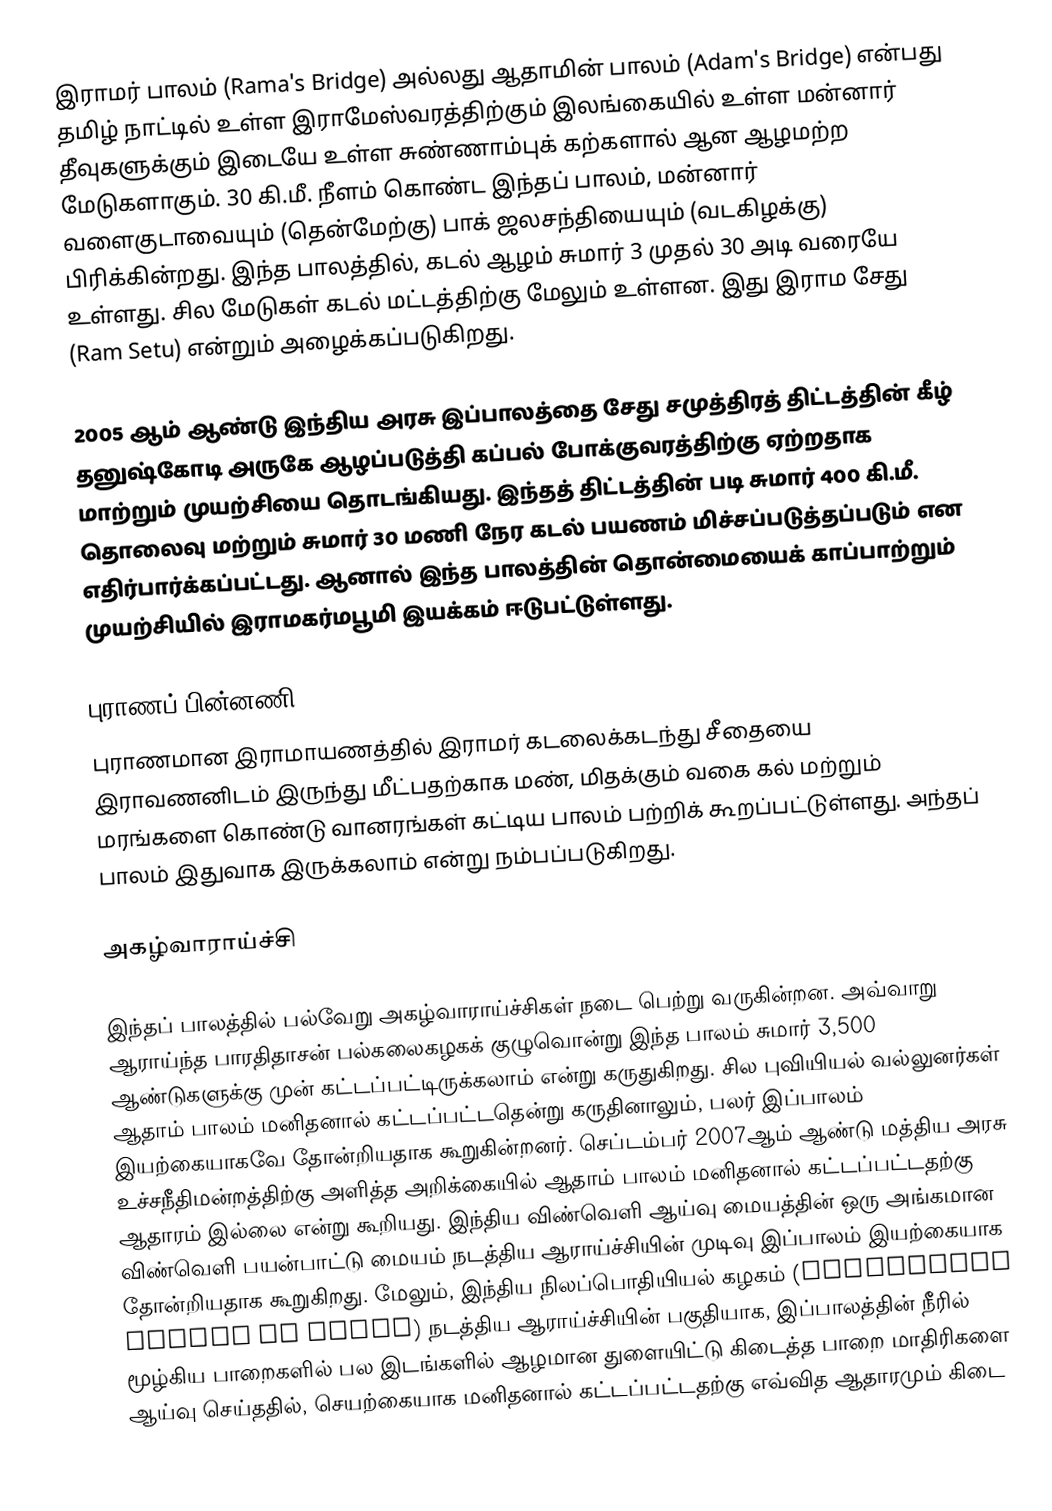
இராமர் பாலம் (Rama's Bridge) அல்லது ஆதாமின் பாலம் (Adam's Bridge) என்பது தமிழ் நாட்டில் உள்ள இராமேஸ்வரத்திற்கும் இலங்கையில் உள்ள மன்னார் தீவுகளுக்கும் இடையே உள்ள சுண்ணாம்புக் கற்களால் ஆன ஆழமற்ற மேடுகளாகும். 30 கி.மீ. நீளம் கொண்ட இந்தப் பாலம், மன்னார் வளைகுடாவையும் (தென்மேற்கு) பாக் ஜலசந்தியையும் (வடகிழக்கு) பிரிக்கின்றது. இந்த பாலத்தில், கடல் ஆழம் சுமார் 3 முதல் 30 அடி வரையே உள்ளது. சில மேடுகள் கடல் மட்டத்திற்கு மேலும் உள்ளன. இது இராம சேது (Ram Setu) என்றும் அழைக்கப்படுகிறது.

2005 ஆம் ஆண்டு இந்திய அரசு இப்பாலத்தை சேது சமுத்திரத் திட்டத்தின் கீழ் தனுஷ்கோடி அருகே ஆழப்படுத்தி கப்பல் போக்குவரத்திற்கு ஏற்றதாக மாற்றும் முயற்சியை தொடங்கியது. இந்தத் திட்டத்தின் படி சுமார் 400 கி.மீ. தொலைவு மற்றும் சுமார் 30 மணி நேர கடல் பயணம் மிச்சப்படுத்தப்படும் என எதிர்பார்க்கப்பட்டது. ஆனால் இந்த பாலத்தின் தொன்மையைக் காப்பாற்றும் முயற்சியில் இராமகர்மபூமி இயக்கம் ஈடுபட்டுள்ளது.

புராணப் பின்னணி
புராணமான இராமாயணத்தில் இராமர் கடலைக்கடந்து சீதையை இராவணனிடம் இருந்து மீட்பதற்காக மண், மிதக்கும் வகை கல் மற்றும் மரங்களை கொண்டு வானரங்கள் கட்டிய பாலம் பற்றிக் கூறப்பட்டுள்ளது. அந்தப் பாலம் இதுவாக இருக்கலாம் என்று நம்பப்படுகிறது.

அகழ்வாராய்ச்சி

இந்தப் பாலத்தில் பல்வேறு அகழ்வாராய்ச்சிகள் நடை பெற்று வருகின்றன. அவ்வாறு ஆராய்ந்த பாரதிதாசன் பல்கலைகழகக் குழுவொன்று இந்த பாலம் சுமார் 3,500 ஆண்டுகளுக்கு முன் கட்டப்பட்டிருக்கலாம் என்று கருதுகிறது. சில புவியியல் வல்லுனர்கள் ஆதாம் பாலம் மனிதனால் கட்டப்பட்டதென்று கருதினாலும், பலர் இப்பாலம் இயற்கையாகவே தோன்றியதாக கூறுகின்றனர். செப்டம்பர் 2007ஆம் ஆண்டு மத்திய அரசு உச்சநீதிமன்றத்திற்கு அளித்த அறிக்கையில் ஆதாம் பாலம் மனிதனால் கட்டப்பட்டதற்கு ஆதாரம் இல்லை என்று கூறியது. இந்திய விண்வெளி ஆய்வு மையத்தின் ஒரு அங்கமான விண்வெளி பயன்பாட்டு மையம் நடத்திய ஆராய்ச்சியின் முடிவு இப்பாலம் இயற்கையாக தோன்றியதாக கூறுகிறது. மேலும், இந்திய நிலப்பொதியியல் கழகம் (geological survey of India) நடத்திய ஆராய்ச்சியின் பகுதியாக, இப்பாலத்தின் நீரில் மூழ்கிய பாறைகளில் பல இடங்களில் ஆழமான துளையிட்டு கிடைத்த பாறை மாதிரிகளை ஆய்வு செய்ததில், செயற்கையாக மனிதனால் கட்டப்பட்டதற்கு எவ்வித ஆதாரமும் கிடை